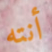
أنته